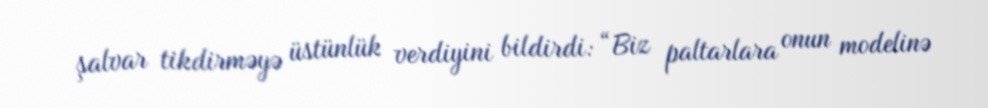
şalvar tikdirməyə üstünlük verdiyini bildirdi: “Biz paltarlara onun modelinə